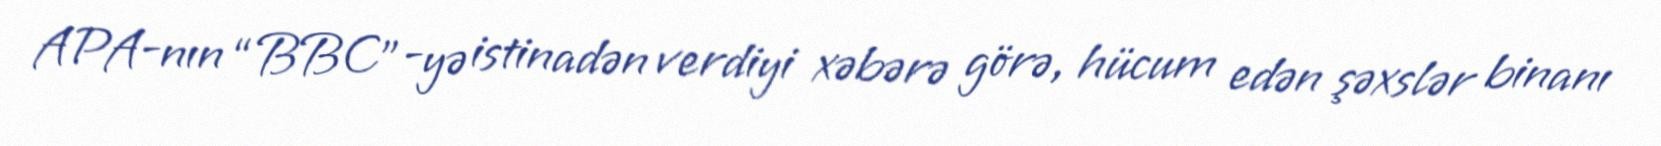
APA-nın “BBC”-yə istinadən verdiyi xəbərə görə, hücum edən şəxslər binanı